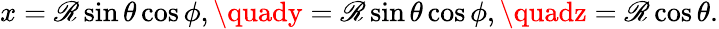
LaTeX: x=\mathscr{R}\sin\theta\cos\phi,\quady=\mathscr{R}\sin\theta\cos\phi,\quadz=\mathscr{R}\cos\theta.